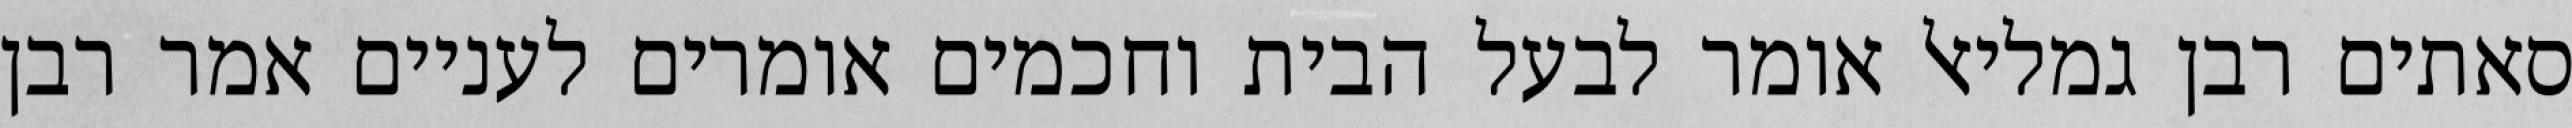
סאתים רבן גמליאל אומר לבעל הבית וחכמים אומרים לעניים אמר רבן